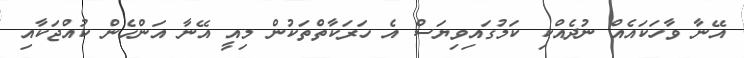
އޭނާ ވާހަކައެއް ނުދެއްކި ކަމުގައިވިޔަސް އެ ހަރަކާތްތަކުން މިއީ އޭނާ އަންހެން ކުއްޖަކާއި